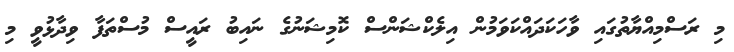
މި ރަސްމިއްޔާތުގައި ވާހަކަދައްކަވަމުން އިލެކްޝަންސް ކޮމިޝަނުގެ ނައިބު ރައީސް މުސްތަފާ ވިދާޅުވީ މި